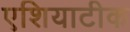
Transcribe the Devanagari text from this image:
एशियाटीक